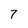
Character: 7